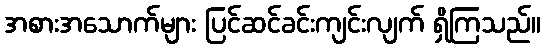
အစားအသောက်များ ပြင်ဆင်ခင်းကျင်းလျက် ရှိကြသည်။